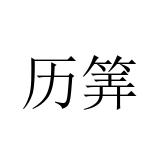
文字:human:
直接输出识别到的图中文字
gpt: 历筭